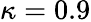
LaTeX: \kappa=0.9